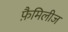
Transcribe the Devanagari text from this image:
फ़ैमिलीज